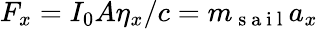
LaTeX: F_{x}=I_{0}A\eta_{x}/c=m_{\mathrm{~s~a~i~l~}}a_{x}